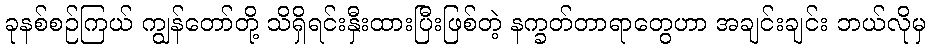
ခုနစ်စဉ်ကြယ် ကျွန်တော်တို့ သိရှိရင်းနှီးထားပြီးဖြစ်တဲ့ နက္ခတ်တာရာတွေဟာ အချင်းချင်း ဘယ်လိုမှ